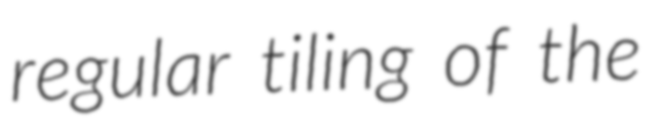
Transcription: regular tiling of the